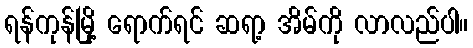
ရန်ကုန်မြို့ ရောက်ရင် ဆရာ့ အိမ်ကို လာလည်ပါ။